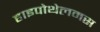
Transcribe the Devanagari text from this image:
हाइपोथेलमस